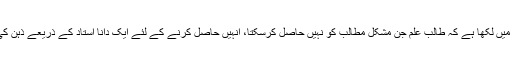
آپ نے المیزان جلد٣،صفحہ٨٥ پر اس ضمن میں لکھا ہے کہ طالب علم جن مشکل مطالب کو نہیں حاصل کرسکتا، انہیں حاصل کرنے کے لئے ایک دانا استاد کے ذریعے ذہن کی ہدایت کرنے کے عمل کو تعلیم کہتے ہیں ۔